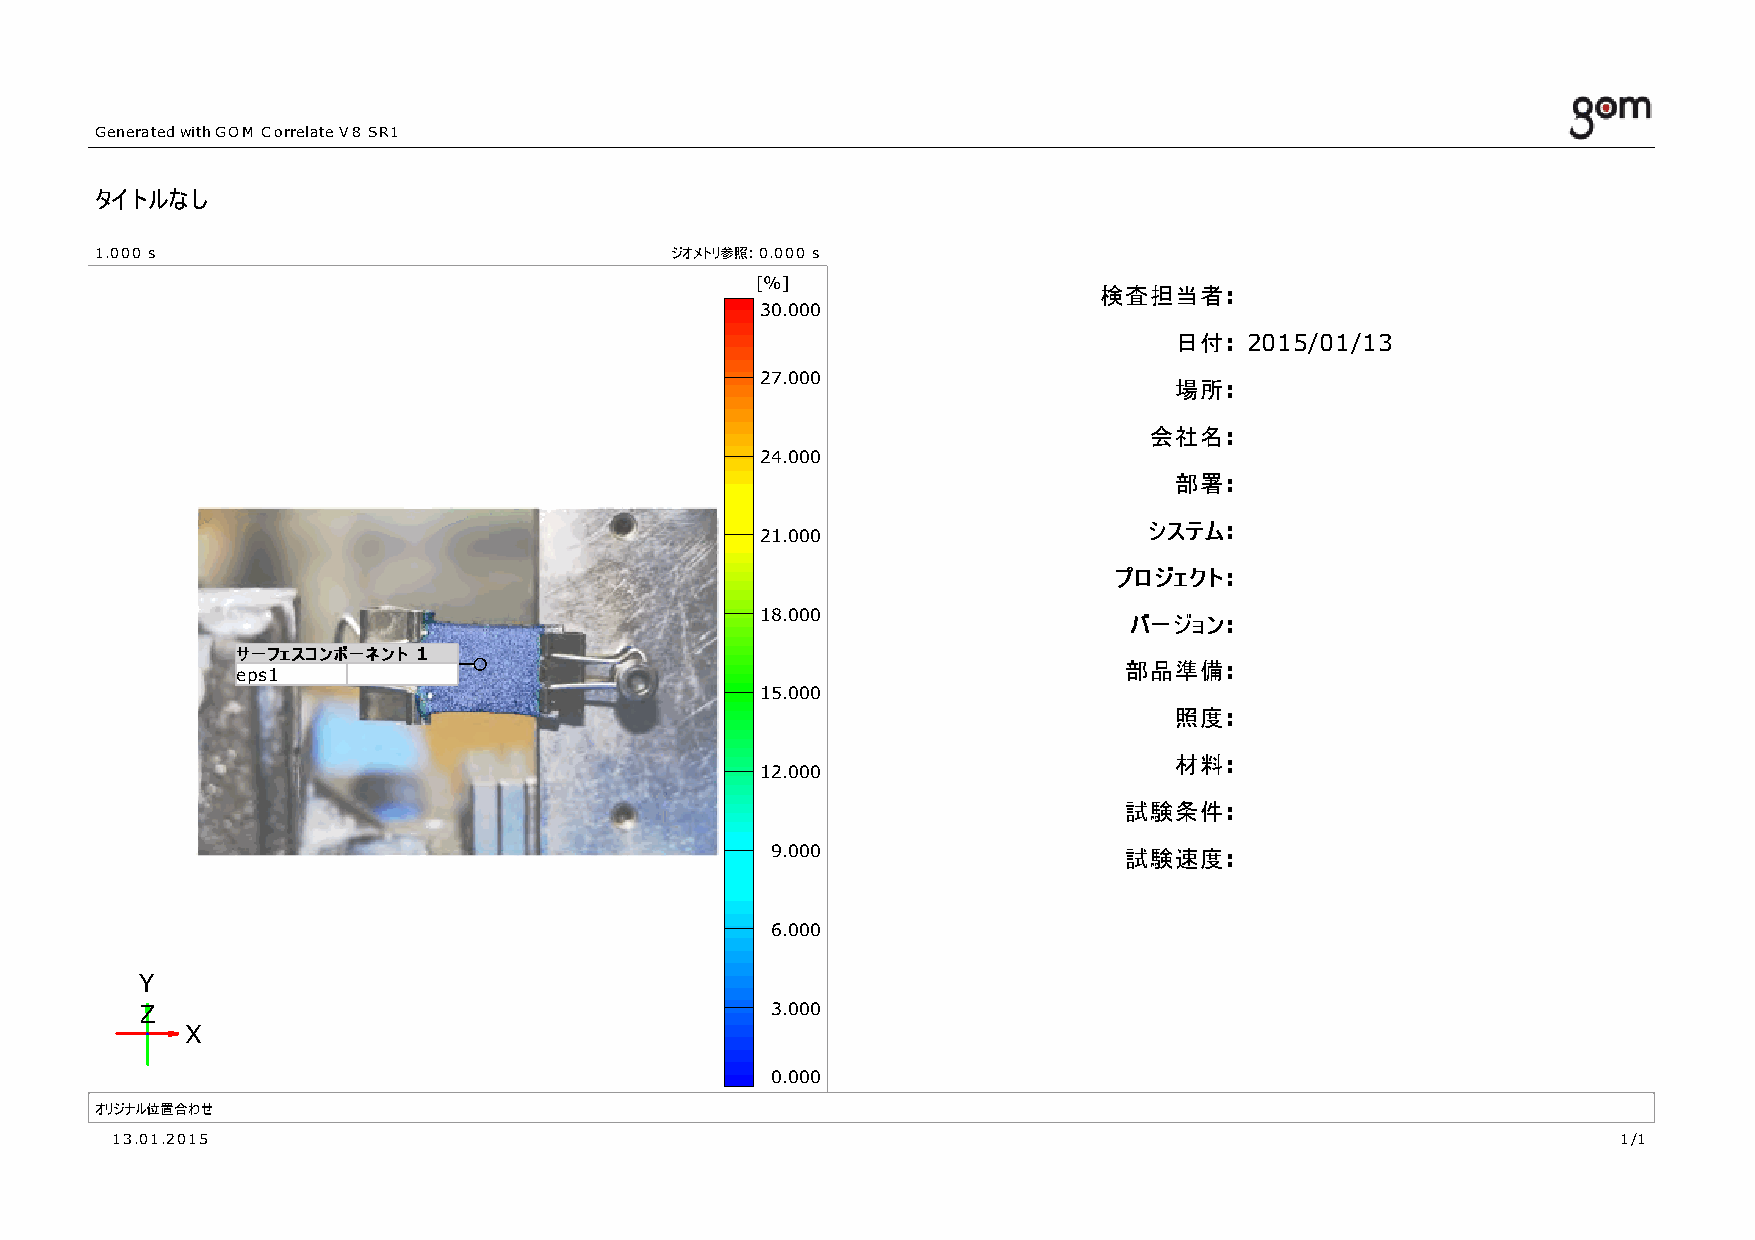
Generated with GOM Correlate V8 SR1
 タイトルなし
 1.000 s                               ジオメトリ参照: 0.000 s
 [%]
 検検査査担担当当者者:
 30.000
 日日付付: 2015/01/13
 27.000
 場場所所:
 会会社社名名:
 24.000
 部部署署:
 シシスステテムム:
 21.000
 ププロロジジェェククトト:
 18.000                   ババーージジョョンン:
 ササーーフフェェススココンンポポーーネネンントト 1
 部部品品準準備備:
 eps1
 15.000
 照照度度:
 材材料料:
 12.000
 試試験験条条件件:
 9.000                  試試験験速速度度:
 6.000
 Y
 Z                                         3.000
 X
 0.000
 オリジナル位置合わせ
 13.01.2015                                                                                          1/1